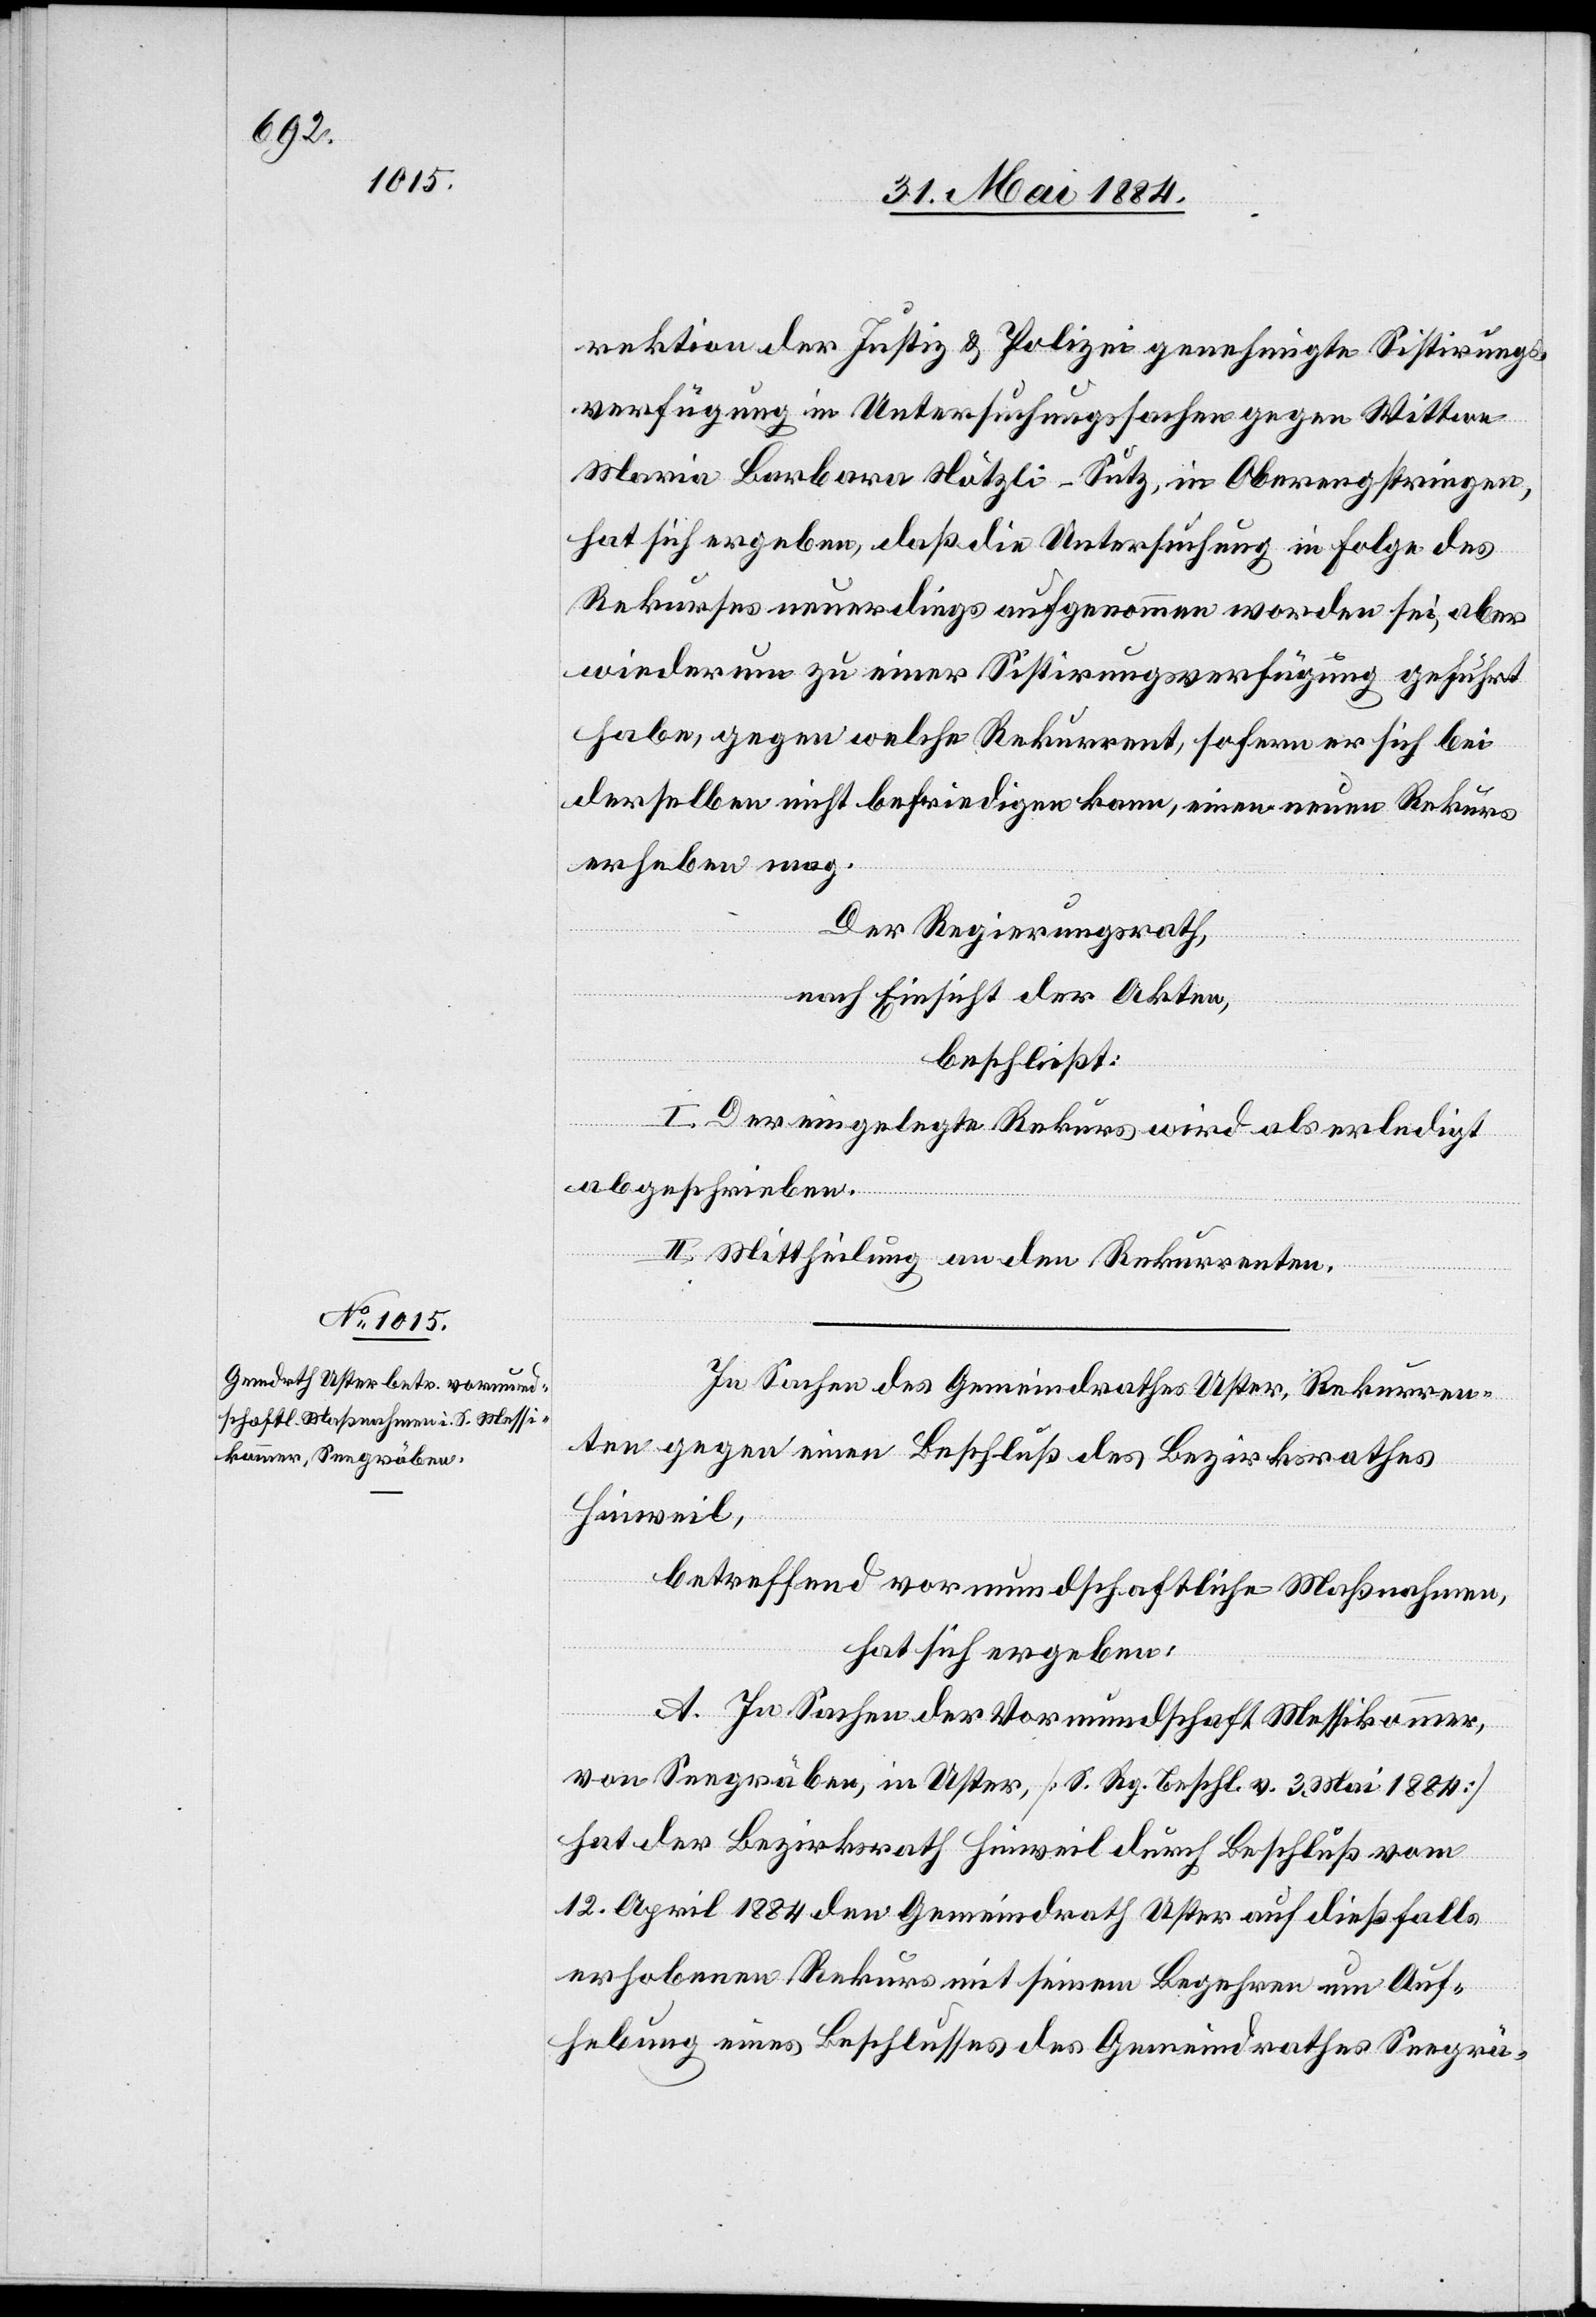
rektion der Justiz & Polizei genehmigte Sistirungs¬
verfügung in Untersuchungssachen gegen Wittwe
Maria Barbara Nötzli-Sutz, in Oberengstringen,
hat sich ergeben, daß die Untersuchung in Folge des
Rekurses neuerdings aufgenommen worden sei, aber
wieder um zu einer Sistirungsverfügung geführt
habe, gegen welche Rekurrent, sofern er sich bei
derselben nicht befriedigen kann, einen neuen Rekurs
erheben mag.
Der Regierungsrath,
nach Einsicht der Akten,
beschließt:
I. Der eingelegte Rekurs wird als erledigt
abgeschrieben.
II. Mittheilung an den Rekurrenten.